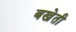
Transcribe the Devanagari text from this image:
बखेती